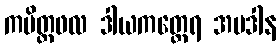
ကပိတ္ထဖလ ဒါယကတ္ထေရ အပဒါန